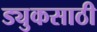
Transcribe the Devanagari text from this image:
ड्युकसाठी